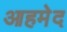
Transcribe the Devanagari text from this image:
आहमेद